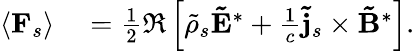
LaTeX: \begin{array}{rl}{\left\langle\mathbf{F}_{s}\right\rangle}&{{}=\frac{1}{2}\Re\left[\tilde{\rho}_{s}\mathbf{\tilde{E}}^{*}+\frac{1}{c}\mathbf{\tilde{j}}_{s}\times\mathbf{\tilde{B}}^{*}\right].}\end{array}